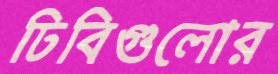
ঢিবিগুলোর